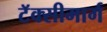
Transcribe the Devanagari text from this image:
टॅक्सीमार्ग